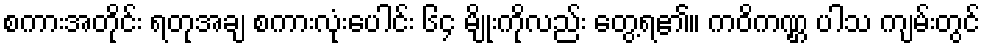
စကားအတိုင်း ရတုအချ စကားလုံးပေါင်း ၆၄ မျိုးကိုလည်း တွေ့ရ၏။ ကဝိကဏ္ဌ ပါသ ကျမ်းတွင်